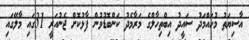
އާސިޔަތު މުހައްމަދު ސައީދު އިިބްތިހާލްގެ މަރާމެދު ކަންބޮޑުވުން ފާޅުކޮށް ޖެނުއަރީ 31ގައި މާލޭގައި